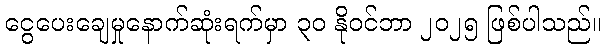
ငွေပေးချေမှုနောက်ဆုံးရက်မှာ ၃၀ နိုဝင်ဘာ ၂၀၂၅ ဖြစ်ပါသည်။